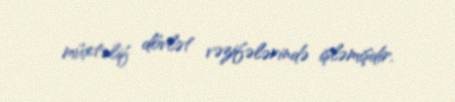
müxtəlif dövlət vəzifələrində işləmişdir.